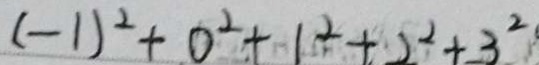
( - 1 ) ^ { 2 } + 0 ^ { 2 } + 1 ^ { 2 } + 2 ^ { 2 } + 3 ^ { 2 }